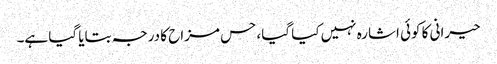
حیرانی کا کوئی اشارہ نہیں کیا گیا، حس مزاح کا درجہ بتایا گیا ہے۔